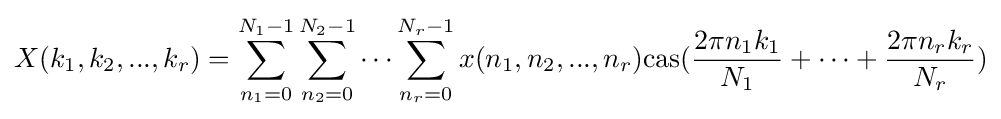
X(k_{1},k_{2},...,k_{r})=\sum _{n_{1}=0}^{N_{1}-1}\sum _{n_{2}=0}^{N_{2}-1}\dots \sum _{n_{r}=0}^{N_{r}-1}x(n_{1},n_{2},...,n_{r}){\rm {cas}}({\frac {2\pi n_{1}k_{1}}{N_{1}}}+\dots +{\frac {2\pi n_{r}k_{r}}{N_{r}}})